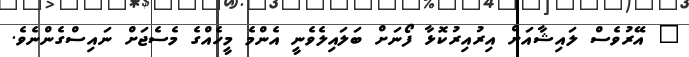
" އޭރުވެސް ލައިޝާއަށް އިރުއިރުކޮޅާ ފޯނަށް ބަލައިލެވެނީ އެންމެ މީހެއްގެ މެސެޖަށް ނައިސްގެންނެވެ.